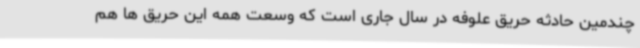
چندمین حادثه حریق علوفه در سال جاری است که وسعت همه این حریق ها هم